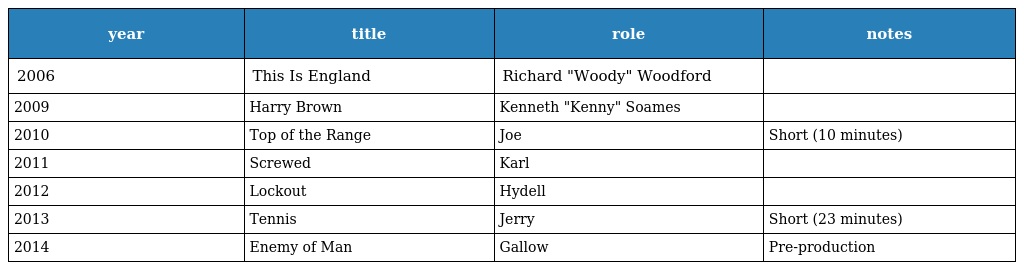
| year | title | role | notes |
 | --- | --- | --- | --- |
 | 2006 | This Is England | Richard "Woody" Woodford |  |
 | 2009 | Harry Brown | Kenneth "Kenny" Soames |  |
 | 2010 | Top of the Range | Joe | Short (10 minutes) |
 | 2011 | Screwed | Karl |  |
 | 2012 | Lockout | Hydell |  |
 | 2013 | Tennis | Jerry | Short (23 minutes) |
 | 2014 | Enemy of Man | Gallow | Pre-production |